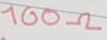
Text: 100Ω